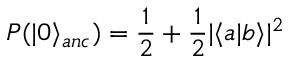
P ( \vert 0 \rangle _ { a n c } ) = \frac { 1 } { 2 } + \frac { 1 } { 2 } \vert \langle a \vert b \rangle \vert ^ { 2 }